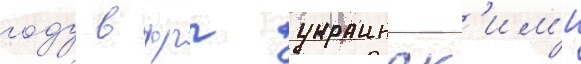
году в фрг украинск'им'и